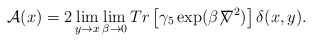
\begin{align*}{\cal A}(x) = 2\lim_{y\rightarrow x} \lim_{\beta\rightarrow 0} Tr \left[{\gamma}_5 \exp(\beta{\not \!\nabla}^2)\right] {\delta}(x,y).\end{align*}